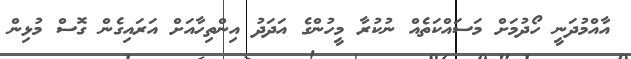
އާއްމުދަނީ ހޯދުމަށް މަސައްކަތެއް ނުކުރާ މީހުންގެ އަދަދު އިންތިހާއަށް އަރައިގެން ގޮސް މުޅިން